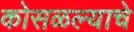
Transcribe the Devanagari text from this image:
कोसळल्याचे